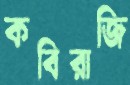
কবিরাজি